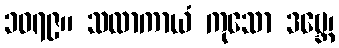
၁၀၇၉။ သလာကာယံ ကုသော ဒဗ္ဘေ၊